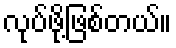
လုပ်ဖို့ဖြစ်တယ်။